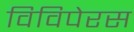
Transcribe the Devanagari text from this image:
विविपेरस